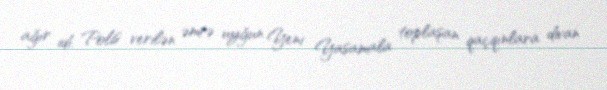
ağır idi. Polis verilən əmrə uyğun Yeni Yasamala toplaşan qaçqınlara divan